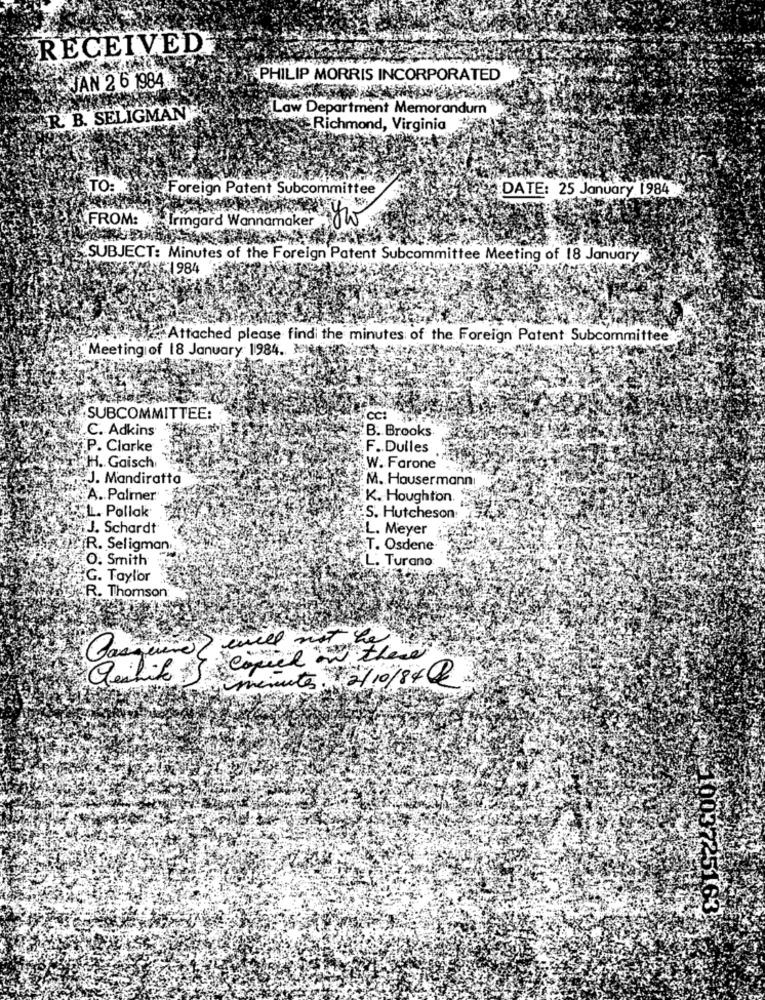
RECEIVED
JAN 2 6 1984
PHILIP MORRIS INCORPORATED
Law Department Memorandum
AR. B. SELIGMAN
Richmond, Virginia
TO:
Foreign Patent Subcommittee
DATE: 25 January 1984
FROM:
Irmgard Wannamaker
SUBJECT: Minutes of the Foreign Patent Subcommittee Meeting of 18 January
$1984
.Attached please find the minutes of the Foreign Patent Subcommittee
"Meeting of 18 January 1984. JON
SUBCOMMITTEE:
CC
C. Adkins
B. Brooks
P. Clarke
F. Dulles
H. Gaisch
W. Farone
J. Mandiratta
M. Hausermann
A .. Palmer
K. Houghton.
"LL. Pollak
S. Hutcheson:
.J. Schardt
L. Meyer
R. Seligman
&T. Osdene
O. Smith
L. Turano
G. Taylor
R. Thomson
minutes : 2/10/84
1003725163